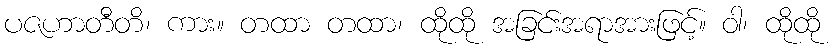
ပဇဟာတီတိ၊ ကား။ တထာ တထာ၊ ထိုထို အခြင်းအရာအားဖြင့်။ ဝါ၊ ထိုထို